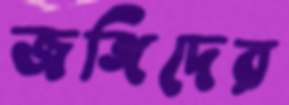
জঙ্গিদের